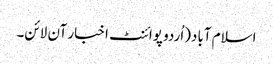
اسلام آباد(اُردو پوائنٹ اخبار آن لائن۔